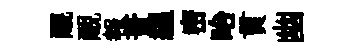
覼覼報蕡緼密眙貫幽